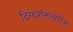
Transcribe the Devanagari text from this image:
दिग्दर्शनांखेरीज